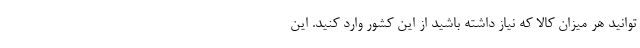
توانید هر میزان کالا که نیاز داشته باشید از این کشور وارد کنید. این